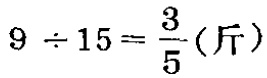
\(9\div15=\frac{3}{5}(\text{斤})\)